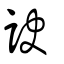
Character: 訣